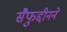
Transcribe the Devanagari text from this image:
सैफुद्दीनने